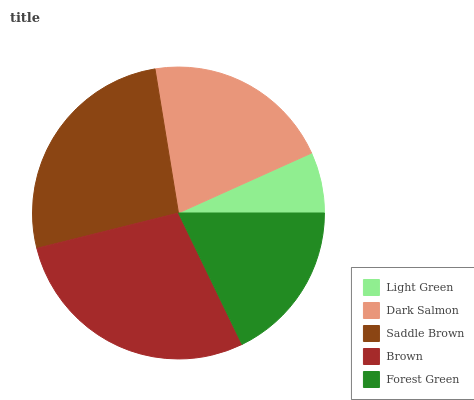
| Light Green | Dark Salmon | Saddle Brown | Brown | Forest Green |
 | --- | --- | --- | --- | --- |
 | 6.73% | 20.8% | 26.3% | 28.3% | 17.8% |